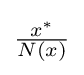
{\textstyle {\frac {x^{*}}{N(x)}}}